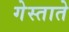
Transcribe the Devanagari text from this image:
गेस्ताते